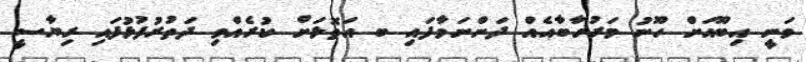
ވަނީ އިބޫއަށް ހޫނު މަރުހަާބާއެއް ދަންނަވާފައި ބ އަތޮޅަށް ކުރެއްވި ދަތުރުފުޅުފައި ރިޔާސީ